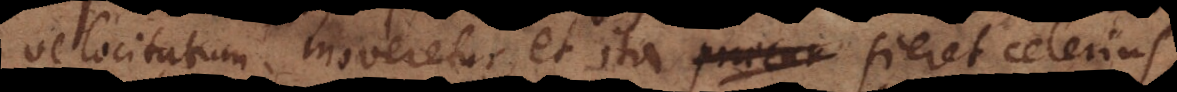
velocitatum moveretur, et ita fieret celerius.